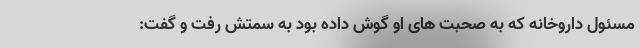
مسئول داروخانه که به صحبت های او گوش داده بود به سمتش رفت و گفت: